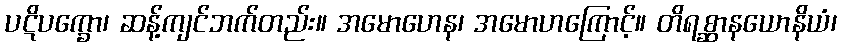
ပဋိပက္ခော၊ ဆန့်ကျင်ဘက်တည်း။ အမောဟေန၊ အမောဟကြောင့်။ တိရစ္ဆာနယောနိယံ၊